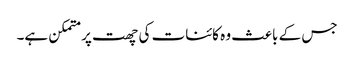
جس کے باعث وہ کائنات کی چھت پر متمکن ہے۔